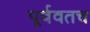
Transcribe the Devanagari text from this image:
पूर्ववतच